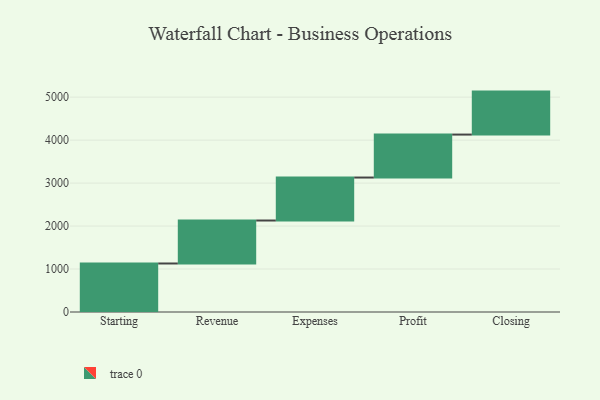
{"axis": {"x": "Step", "y": "Value"}, "legend": [""], "data": [{"x": "Starting", "y": 1129.0, "type": ""}, {"x": "Revenue", "y": 1000, "type": ""}, {"x": "Expenses", "y": 1000, "type": ""}, {"x": "Profit", "y": 1000, "type": ""}, {"x": "Closing", "y": 1000, "type": ""}]}